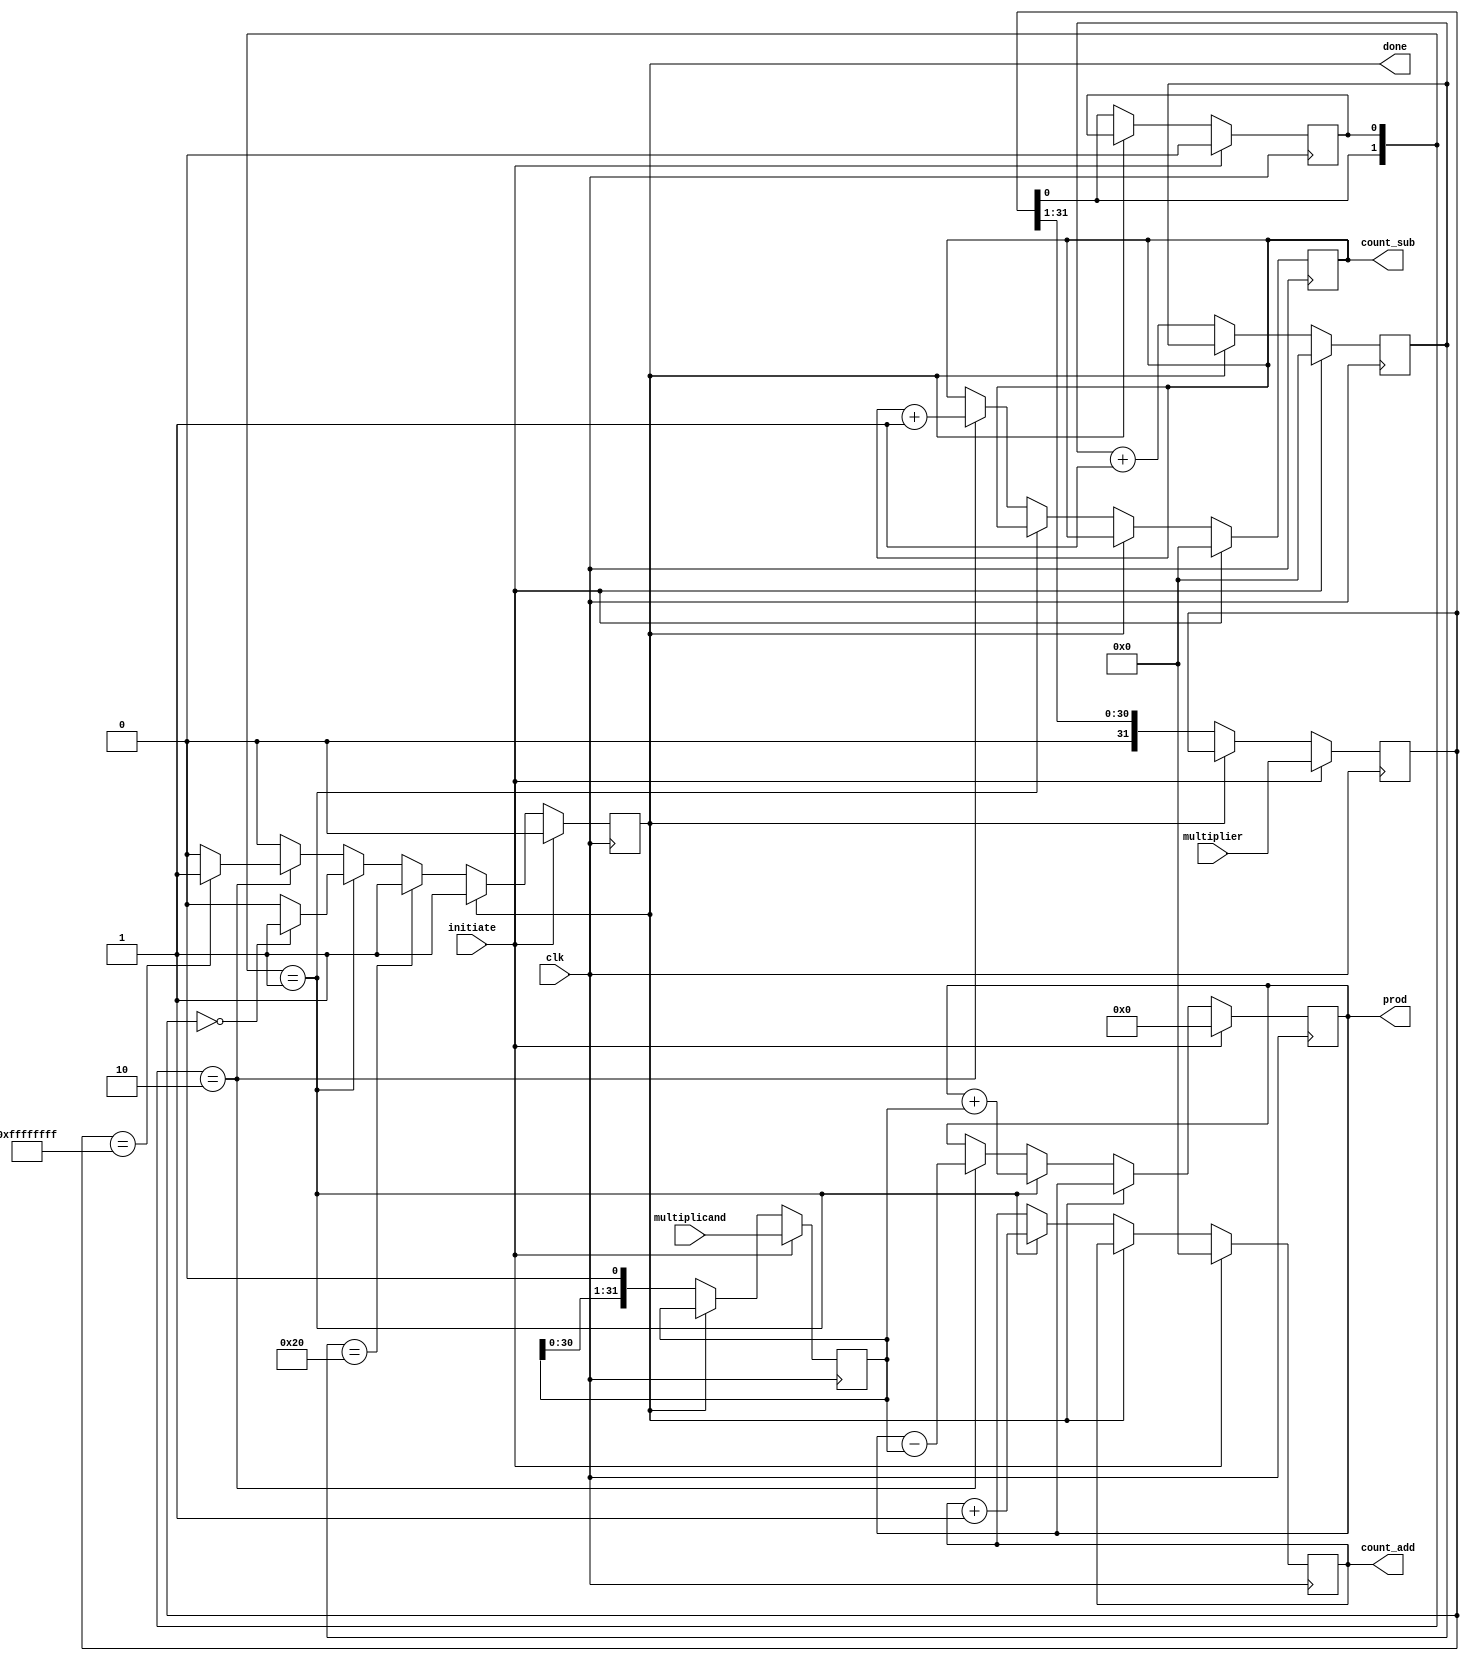
module Booth(clk, initiate, multiplicand, multiplier, prod, count_add, count_sub, done);

    input clk;
    input initiate;
    input signed [31:0] multiplicand;
    input signed [31:0] multiplier;
    
    output reg done;   
    output reg [6:0] count_add;
    output reg [6:0] count_sub;
    output reg signed [63:0] prod;

    reg [6:0] count;
    reg multiplier_new;
    reg signed [31:0] multiplicand_copy;
    reg signed [31:0] multiplier_copy;

    always @(posedge clk ) begin
        
        if (initiate == 1) begin
            done <= 0;
            count <= 0;
            count_sub <= 6'b 0;
            count_add <= 6'b 0;
            multiplier_new <= 1'b 0;
            multiplier_copy <= multiplier;
            multiplicand_copy <= multiplicand;
            prod <= 64'b 0;
        end

        else if (done == 0) begin

            if ({multiplier_copy[0], multiplier_new} == 2'b0_1) begin
                prod <= prod + multiplicand_copy;
                count_add <= count_add + 1;
                if (multiplier_copy == 32'b 0) begin
                    done <= 1;
                end
            end  

            else if ({multiplier_copy[0], multiplier_new} == 2'b1_0) begin
                prod <= prod - multiplicand_copy;
                count_sub <= count_sub + 1;
                if (multiplier_copy == 32'h ffffffff) begin
                    done <= 1;
                end
            end  

            multiplier_new = multiplier_copy[0];
            multiplier_copy = multiplier_copy >> 1; 
            multiplicand_copy = multiplicand_copy << 1;
            count <= count + 1;

            if (count == 32) done <= 1;
           
        end
    end

    initial done <= 1;    

    
endmodule